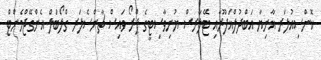
ކޮންސިއުލަރ ޣާނިޔާ އަބްދުލްޣަފޫރާއި ޓޭލާރސް ޔުނިވާސިޓީގެ ޕްރޯ ވައިސް ޗާންސެލަރ ގްލޯބަލް އެންގޭޖްމެންޓް